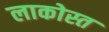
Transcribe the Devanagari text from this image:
लाकोस्त